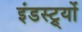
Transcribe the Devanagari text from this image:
इंडस्ट्र्यों